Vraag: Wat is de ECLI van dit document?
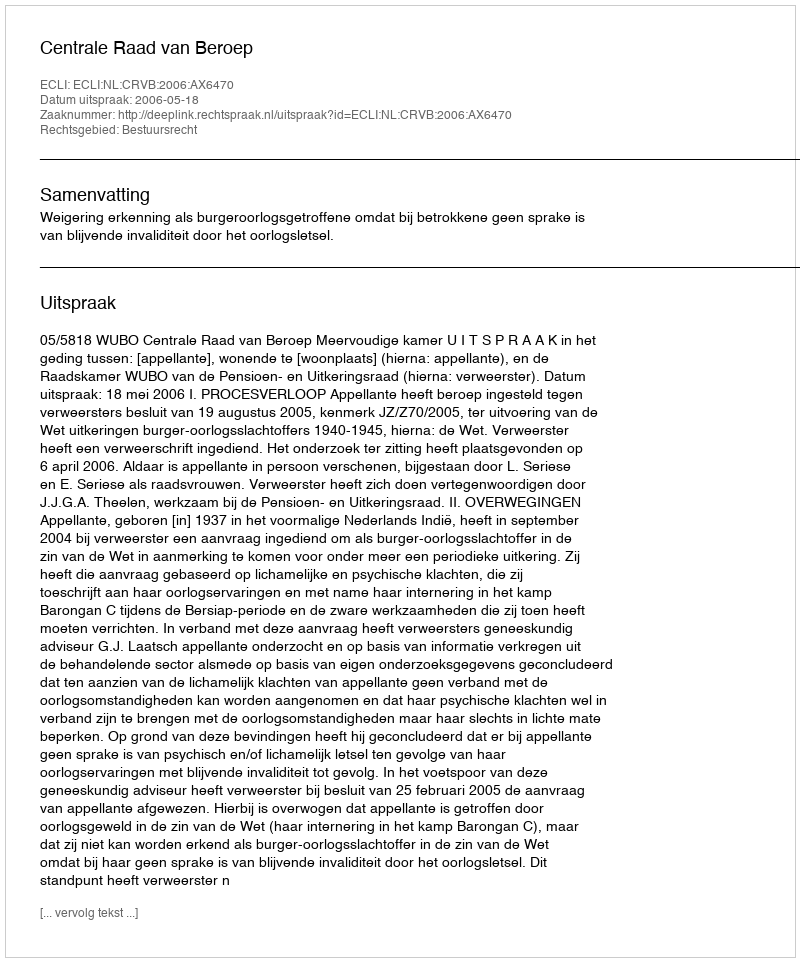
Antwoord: ECLI:NL:CRVB:2006:AX6470